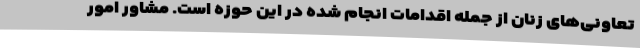
تعاونی‌های زنان از جمله اقدامات انجام شده در این حوزه است. مشاور امور